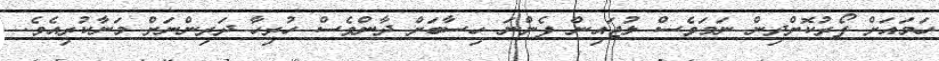
ހަމައަށް ފޯރުކޮށްދިން ނަމަވެސް ލުޖައިން ފެންނަ ހިސާބަށް ދާންވެސް ހުރިހާ ދަރިންނަށް މަނާކުރިއެވެ.